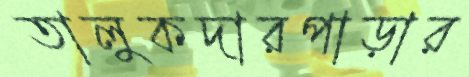
তালুকদারপাড়ার